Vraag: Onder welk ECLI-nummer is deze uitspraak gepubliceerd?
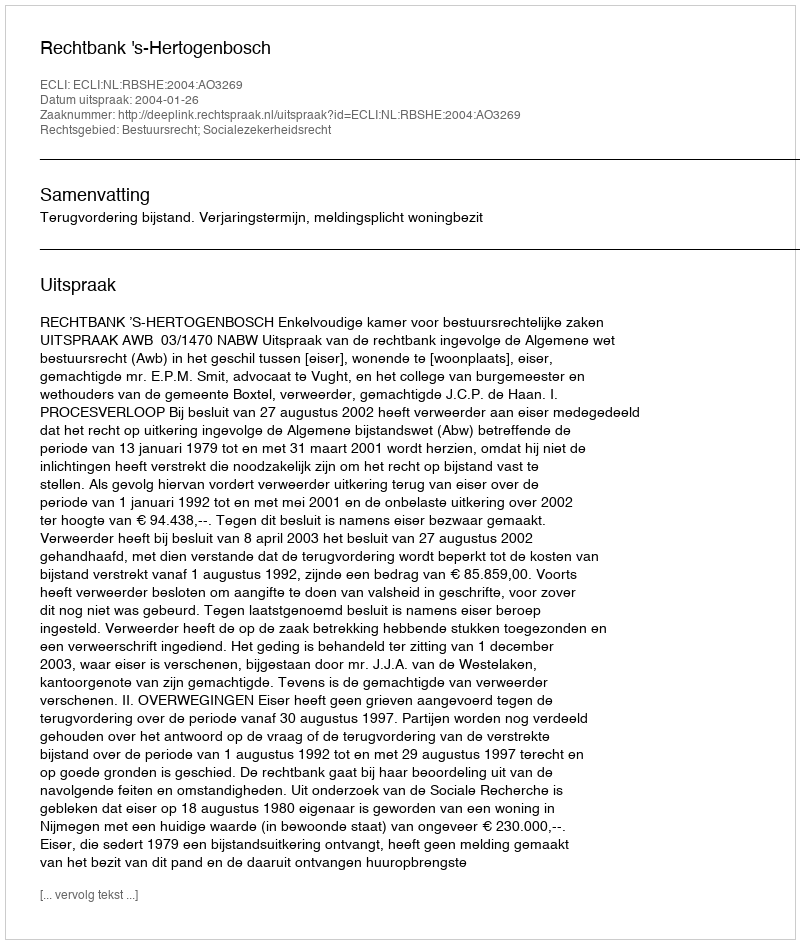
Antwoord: ECLI:NL:RBSHE:2004:AO3269